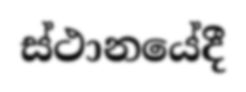
ස්ථානයේදී